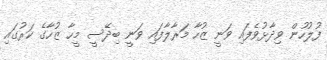
ފުލުހުން ވިދާޅުވެފައި ވަނީ ޒުހާ މަރާލާފައި ވަނީ ބިދޭސީ މީހާ ޒުހާގެ ކަރުގައި